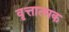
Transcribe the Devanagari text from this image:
वृत्तात्मक